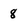
Character: 8